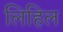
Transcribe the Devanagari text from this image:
लिहिल